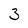
Character: 3